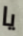
يا